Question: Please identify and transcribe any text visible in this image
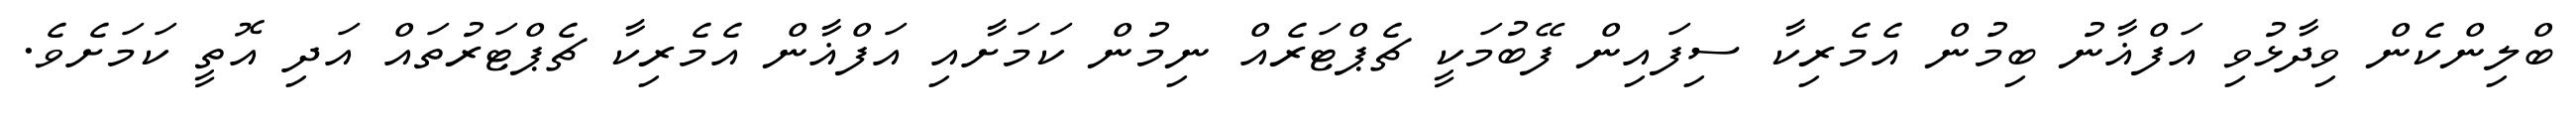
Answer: ބްލިންކެން ވިދާޅުވި އަފްޣާނު ބިމުން އެމެރިކާ ސިފައިން ފޭބުމަކީ ޗެޕްޓަރެއް ނިމުން ކަމަށާއި އަފްޣާން އެމެރިކާ ޗެޕްޓަރުތައް އަދި އޮތީ ކަމަށެވެ.